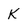
Character: k